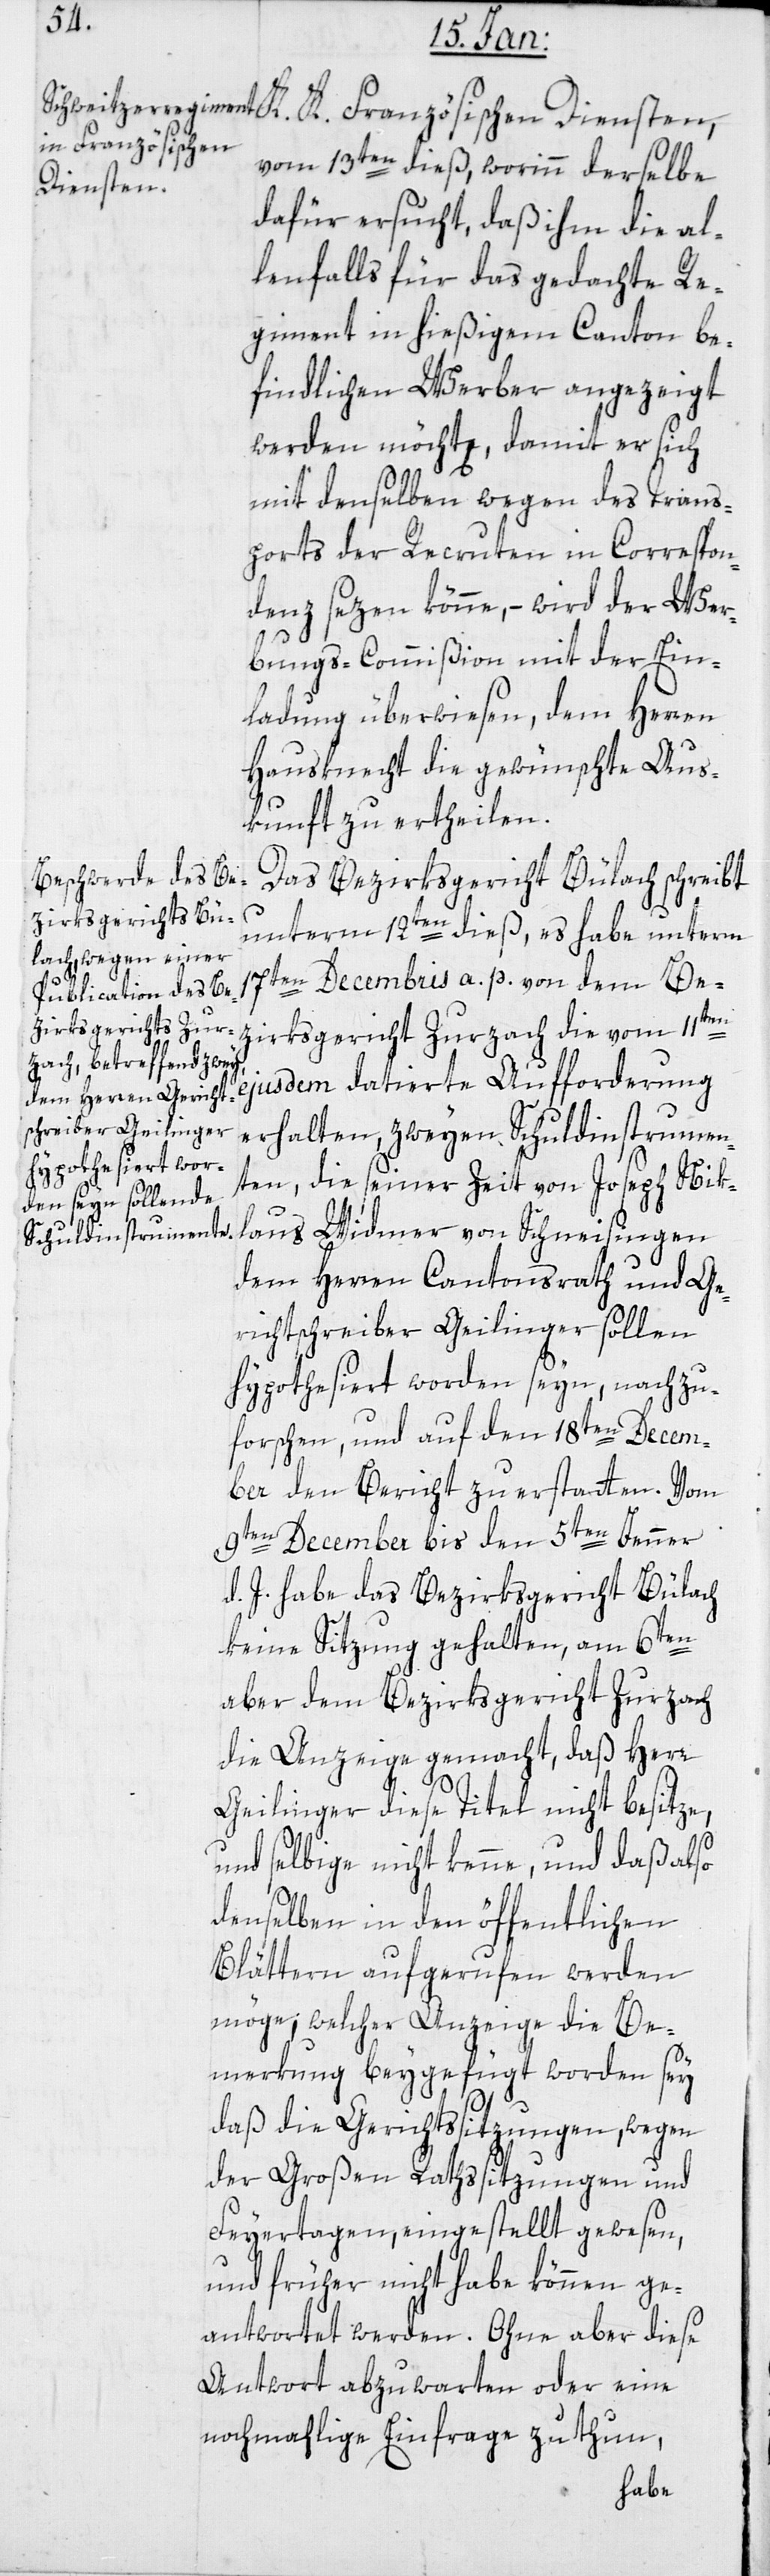
K. Französischen
vom 13ten dieß, worinn derselbe
Diensten,
dafür ersucht, daß ihm die al¬
lenfalls für das gedachte Re¬
giment in hießigem Canton be¬
findlichen Werber angezeigt
werden möchte, damit er sich
mit demselben wegen des Trans¬
ports der Recruten in Correspon¬
denz setzen könne, – wird der Wer¬
bungs-Commißion mit der Ein¬
ladung überwiesen, dem Herren
Hausknecht die gewünschte Aus¬
kunft zu ertheilen.
Das Bezirksgericht Bülach schreibt
zirksgericht Zur¬
unterm 12ten dieß, es habe unterm
17ten Decembris a. p. von dem Be¬
ejusdem datierte Aufforderung
erhalten, zweyen Schuldinstrumen¬
ten, die seiner Zeit von Joseph Nikl¬
aus Widmer von Schneisingen
dem Herren Cantonsrath und Ge¬
richtschreiber Geilinger sollen
hypothesiert worden sein, nachzu¬
forschen, und auf den 18ten Decem¬
bris den Bericht zu erstatten. Vom
9ten December bis den 5ten Jenner
d. J. habe das Bezirksgericht Bülach
keine Sitzung gehalten, am 6ten
aber dem Bezirksgericht Zurzach
die Anzeige gemacht, daß Herr
Geilinger diese Titel nicht besitze,
und selbige nicht kenne, und daß also
denselben in den öffentlichen
Blättern aufgerufen werden
möge, welcher Anzeige die Be¬
merkung beygefügt worden sei,
zach
daß die Gerichtssitzungen, wegen
der Grossen Rathssitzungen und
Feyertagen, eingestellt gewesen,
und früher nicht habe können ge¬
antwortet werden. Ohne aber diese
Antwort abzuwarten oder eine
nochmalige Einfrage zu thun,